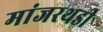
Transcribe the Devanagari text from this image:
मांजरथडी